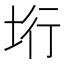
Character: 垳